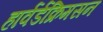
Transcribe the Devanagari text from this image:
हार्वर्डक्रिमसन